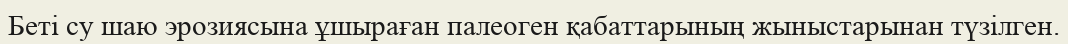
Беті су шаю эрозиясына ұшыраған палеоген қабаттарының жыныстарынан түзілген.